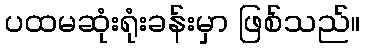
ပထမဆုံးရုံးခန်းမှာ ဖြစ်သည်။